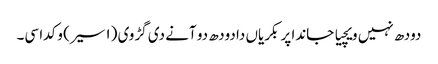
دودھ نہیں ویچیا جاندا پر بکریاں دا دودھ دو آنے دی گڑوی (١ سیر) وکدا سی۔